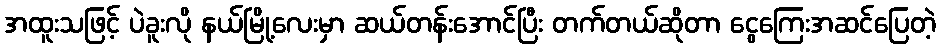
အထူးသဖြင့် ပဲခူးလို နယ်မြို့လေးမှာ ဆယ်တန်းအောင်ပြီး တက်တယ်ဆိုတာ ငွေကြေးအဆင်ပြေတဲ့